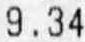
9.34